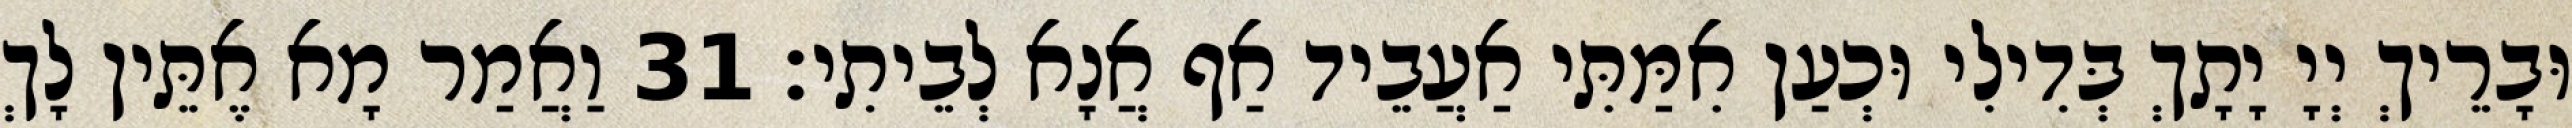
וּבָרֵיךְ יְיָ יָתָךְ בְּדִילִי וּכְעַן אִמַּתִּי אַעֲבֵיד אַף אֲנָא לְבֵיתִי׃ 31 וַאֲמַר מָא אֶתֵּין לָךְ